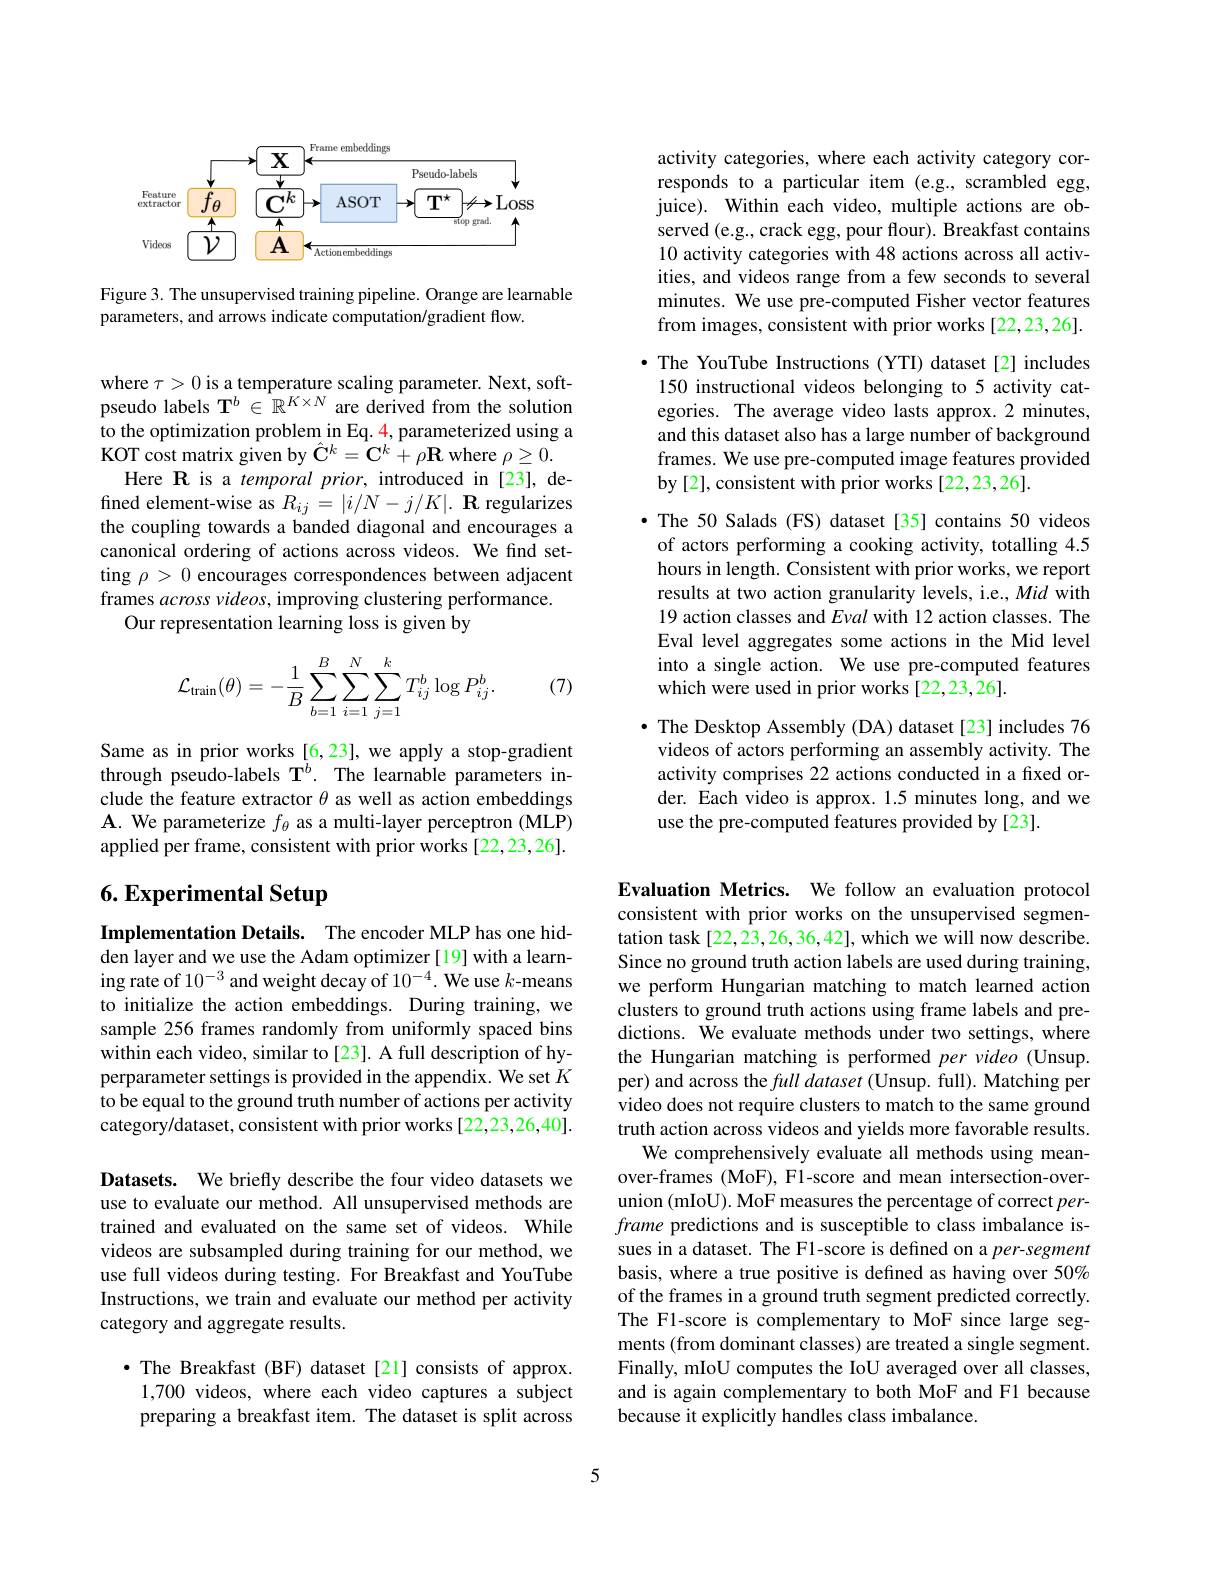
<FigureHere>

Figure 3. The unsupervised training pipeline. Orange are learnable
parameters, and arrows indicate computation/gradient flow.

where $\tau>0$ is a temperature scaling parameter. Next, softpseudo labels $\mathbf{T}^b\in\mathbb{R}^{K\times N}$ are derived from the solution to the optimization problem in Eq. 4, parameterized using a $\tilde{\text{KOT cost matrix given by }} \hat{\mathbf{C} } ^{k}= \hat{\mathbf{C} } ^{k}+ \rho \mathbf{R}$ where $\rho\geq0.$
Here R is a temporal prior, introduced in [23], defined element-wise as $R_{ij}= | i/ N- j/ K| . \textbf{R regularizes}$ the coupling towards a banded diagonal and encourages a canonical ordering of actions across videos. We find setting $\rho>0$ encourages correspondences between adjacent frames across videos, improving clustering performance.
Our representation learning loss is given by
$$\begin{aligned}\mathcal{L}_{\text{train}}(\theta)=-\frac{1}{B}\sum_{b=1}^{B}\sum_{i=1}^{N}\sum_{j=1}^{k}T_{ij}^{b}\log P_{ij}^{b}.\end{aligned}$$
(7)

Same as in prior works [6,23], we apply a stop-gradient through pseudo-labels $\mathbf{T}^{b}.$ The learnable parameters include the feature extractor $\theta$ as well as action embeddings $\mathbf{A}.$ We parameterize $f_\theta$ as a multi-layer perceptron (MLP) applied per frame, consistent with prior works [22,23,26].

# 6. Experimental Setup

Implementation Details. The encoder MLP has one hidden layer and we use the Adam optimizer [19] with a learning rate of $10^{-3}$ and weight decay of $10^{-4}.$ We use $k$-means to initialize the action embeddings. During training, we sample 256 frames randomly from uniformly spaced bins within each video, similar to [23]. A full description of hyperparameter settings is provided in the appendix. We set $K$ to be equal to the ground truth number of actions per activity category/dataset, consistent with prior works [22,23,26,40].

Datasets. We briefly describe the four video datasets we use to evaluate our method. All unsupervised methods are trained and evaluated on the same set of videos. While videos are subsampled during training for our method, we use full videos during testing. For Breakfast and YouTube Instructions, we train and evaluate our method per activity category and aggregate results.

·The Breakfast (BF) dataset [21] consists of approx.
1,700 videos, where each video captures a subject preparing a breakfast item. The dataset is split across

activity categories, where each activity category corresponds to a particular item (e.g., scrambled egg, juice). Within each video, multiple actions are observed (e.g., crack egg, pour flour). Breakfast contains 10 activity categories with 48 actions across all activities, and videos range from a few seconds to several minutes. We use pre-computed Fisher vector features from images, consistent with prior works [22,23,26].

·The YouTube Instructions (YTI) dataset[2] includes 150 instructional videos belonging to 5 activity categories. The average video lasts approx.2 minutes, and this dataset also has a large number of background frames. We use pre-computed image features provided by [2], consistent with prior works [22,23,26].

· The 50 Salads (FS) dataset[35] contains 50 videos
of actors performing a cooking activity, totalling 4.5 hours in length. Consistent with prior works, we report results at two action granularity levels, i.e., Mid with 19 action classes and Eval with 12 action classes. The Eval level aggregates some actions in the Mid level into a single action. We use pre-computed features which were used in prior works [22,23,26].
$\bullet$ The Desktop Assembly (DA) dataset [23] includes 76 videos of actors performing an assembly activity. The activity comprises 22 actions conducted in a fixed order. Each video is approx. 1.5 minutes long, and we use the pre-computed features provided by [23].

Evaluation Metrics. We follow an evaluation protocol consistent with prior works on the unsupervised segmentation task[22,23,26,36,42], which we will now describe. Since no ground truth action labels are used during training, we perform Hungarian matching to match learned action clusters to ground truth actions using frame labels and predictions. We evaluate methods under two settings, where the Hungarian matching is performed per video (Unsup. per) and across the full dataset (Unsup. full). Matching per video does not require clusters to match to the same ground truth action across videos and yields more favorable results.
We comprehensively evaluate all methods using meanover-frames (MoF), F1-score and mean intersection-overunion (mIoU). MoF measures the percentage of correct perframe predictions and is susceptible to class imbalance issues in a dataset. The F1-score is defined on a per-segment basis, where a true positive is defined as having over 50% of the frames in a ground truth segment predicted correctly. The Fl-score is complementary to MoF since large segments (from dominant classes) are treated a single segment. Finally, mIoU computes the IoU averaged over all classes, and is again complementary to both MoF and F1 because because it explicitly handles class imbalance.

5